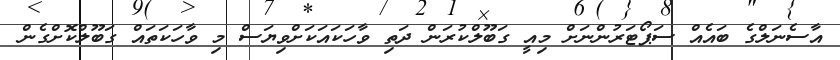
އާސެނަލްގެ ބައެއް ސަޕޯޓަރުންނަށް މިއީ ގަބޫލްކުރަން ދަތި ވާހަކައަކަށްވިޔަސް މި ވާހަކަތައް ގަބޫލްކޮށްގެން